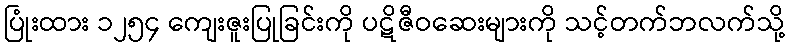
ပြုံးထား ၁၂၅၄ ကျေးဇူးပြုခြင်းကို ပဋိဇီဝဆေးများကို သင့်တက်ဘလက်သို့